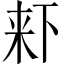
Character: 𣑎